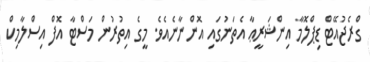
ގްރެޖުއޭޓް ޑިޕްލޮމާ އިންޝަރީޢާ އެތަނުގައި އޮންނާނެއެވެ. މީގެ އިތުރުން މަސްޓާ އޮފް އިސްލާމިކް